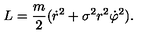
L = \frac { m } { 2 } ( \dot { r } { } ^ { 2 } + \sigma ^ { 2 } r ^ { 2 } \dot { \varphi } { } ^ { 2 } ) .